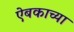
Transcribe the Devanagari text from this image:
ऐबकाच्या